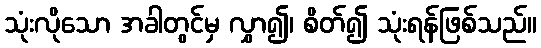
သုံးလိုသော အခါတွင်မှ လွှာ၍၊ စိတ်၍ သုံးရန်ဖြစ်သည်။